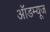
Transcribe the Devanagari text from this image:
ऑडम्यूज